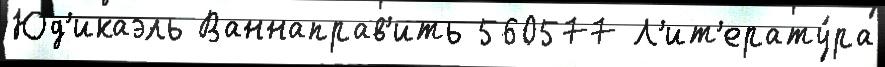
Юд'икаэль Ваннаправ'ить 560577 Л'ит'ерату́ра